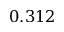
0 . 3 1 2